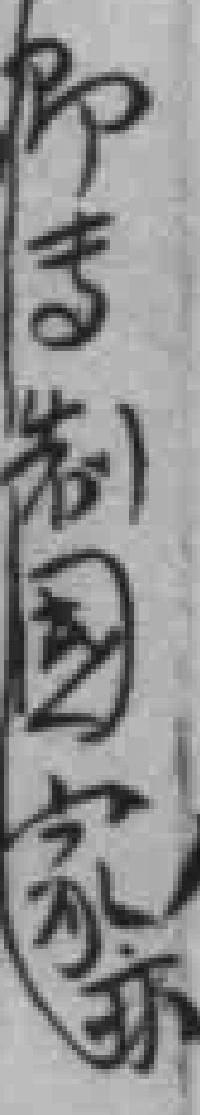
即专制國家亦